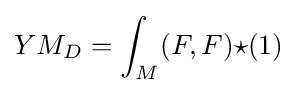
YM_{D}=\int _{M}(F,F){\star }(1)